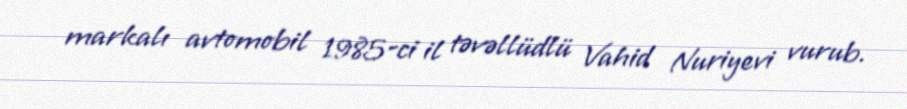
markalı avtomobil 1985-ci il təvəllüdlü Vahid Nuriyevi vurub.